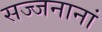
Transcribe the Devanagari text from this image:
सज्जनानां